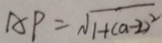
A P = \sqrt { 1 + ( a - 2 ) ^ { 2 } }